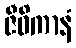
ဇီဝိကာနံ